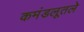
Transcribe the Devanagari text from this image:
कमंडलूतले